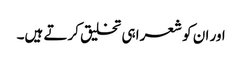
اور ان کو شعرا ہی تخلیق کرتے ہیں۔